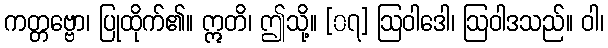
ကတ္တဗ္ဗော၊ ပြုထိုက်၏။ ဣတိ၊ ဤသို့။ [၀၇] ဩဝါဒေါ၊ ဩဝါဒသည်။ ဝါ၊